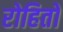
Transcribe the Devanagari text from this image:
रोहितो